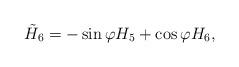
LaTeX: \begin{align*}\tilde{H}_6=-\sin\varphi H_5+\cos\varphi H_6,\end{align*}